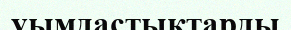
уымдастықтарды